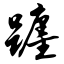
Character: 躔